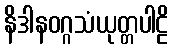
နိဒါနဝဂ္ဂသံယုတ္တပါဠိ